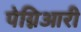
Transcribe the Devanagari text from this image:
पेग्निआरी